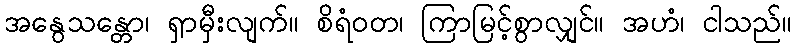
အနွေသန္တော၊ ရှာမှီးလျက်။ စိရံဝတ၊ ကြာမြင့်စွာလျှင်။ အဟံ၊ ငါသည်။